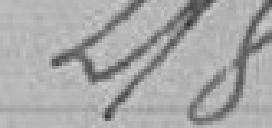
218